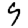
Digit: 9